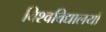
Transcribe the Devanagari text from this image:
विश्‍वविद्यालयों